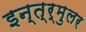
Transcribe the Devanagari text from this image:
इन्त्र्मुलर